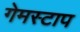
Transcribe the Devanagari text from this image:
गेमस्टाप